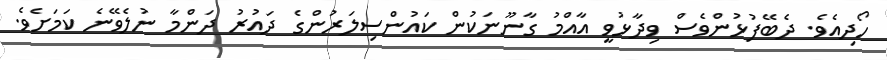
ހޯދިއެވެ. ދެބޭފުޅުންވެސް ވިދާޅުވީ އާއްމު ގާނޫނަކުން ކައުންސިލަރުންގެ ދައުރު ދަންމާ ނުލެވޭނެ ކަމަށެވެ.